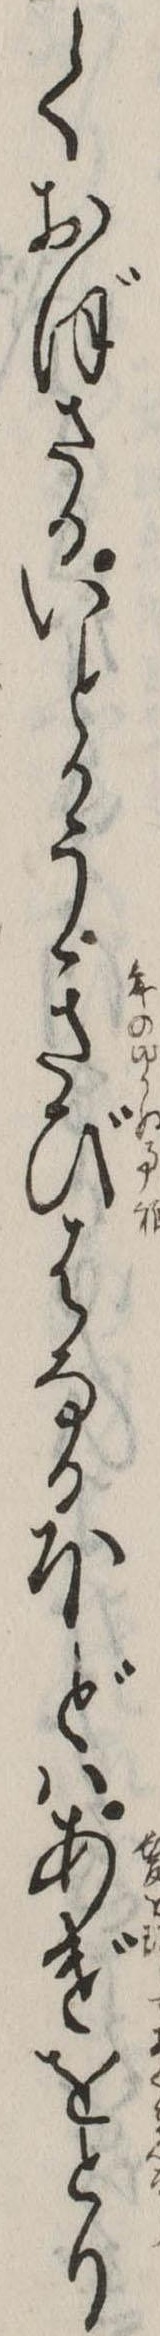
くおぼさるいとかうきびはなるほどはあげをとり